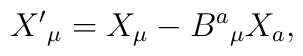
X^{\prime }{}_{\mu } = X_{\mu }-B^{a}{}_{\mu }X_{a},